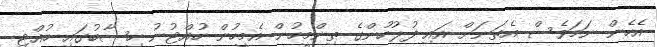
އެހެން ނަމަވެސް އެތަނަށް އައި ފުލުހުންގެ ތިންމީހުން އެމީހުން ހުއްޓުނު ހިސާބުގައި ހުއްޓި